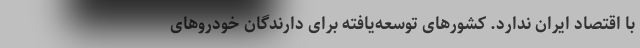
با اقتصاد ایران ندارد. کشورهای توسعه‌یافته برای دارندگان خودروهای